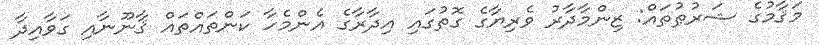
މަޤާމުގެ ޝަރުޠުތައް: ޒިންމާދާރު ވެރިޔާގެ ގޮތުގައި އިދާރާގެ އެންމެހާ ކަންތައްތައް ޤާނޫނާއި ގަވާއިދާ